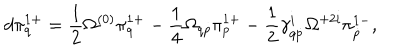
LaTeX: d \pi _ { q } ^ { 1 + } = \frac 1 2 \Omega ^ { ( 0 ) } \pi _ { q } ^ { 1 + } - \frac 1 4 \Omega _ { q p } \pi _ { p } ^ { 1 + } - \frac 1 2 \gamma _ { q \dot { p } } ^ { i } \Omega ^ { + 2 i } \pi _ { \dot { p } } ^ { 1 - } ,